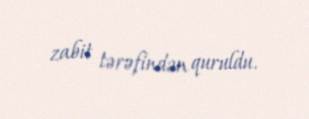
zabit tərəfindən quruldu.